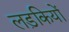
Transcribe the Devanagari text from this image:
लड़कियों